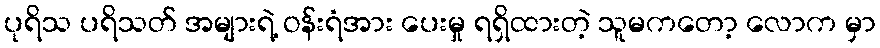
ပုရိသ ပရိသတ် အများရဲ့ ဝန်းရံအား ပေးမှု ရရှိထားတဲ့ သူမကတော့ လောက မှာ